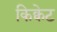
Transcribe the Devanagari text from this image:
किक्वेट